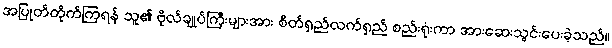
အပြုတ်တိုက်ကြရန် သူ၏ ဗိုလ်ချုပ်ကြီးများအား စိတ်ရှည်လက်ရှည် စည်းရုံးကာ အားဆေးသွင်းပေးခဲ့သည်။